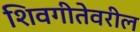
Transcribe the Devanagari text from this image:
शिवगीतेवरील